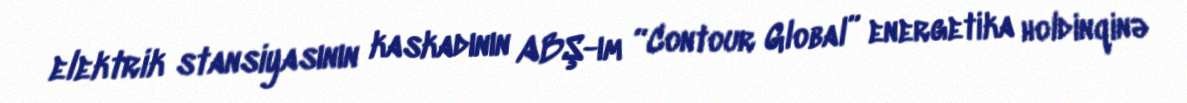
elektrik stansiyasının kaskadının ABŞ-ım “Contour Global” energetika holdinqinə